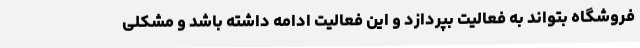
فروشگاه بتواند به فعالیت بپردازد و این فعالیت ادامه داشته باشد و مشکلی